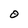
Character: O